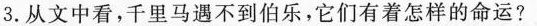
3.从文中看，千里马遇不到伯乐，它们有着怎样的命运?